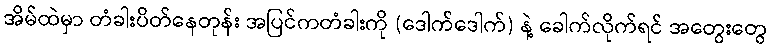
အိမ်ထဲမှာ တံခါးပိတ်နေတုန်း အပြင်ကတံခါးကို (ဒေါက်ဒေါက်) နဲ့ ခေါက်လိုက်ရင် အတွေးတွေ